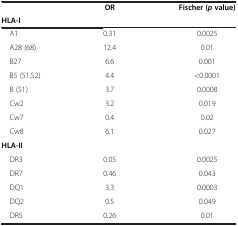
|  | OR | Fischer (pvalue) |
 | HLA-I |  |  |
 | --- | --- | --- |
 | A1 | 0.31 | 0.0025 |
 | A28 (68) | 12.4 | 0.01 |
 | B27 | 6.6 | 0.001 |
 | B5 (51,52) | 4.4 | <0.0001 |
 | B (51) | 3.7 | 0.0008 |
 | Cw2 | 3.2 | 0.019 |
 | Cw7 | 0.4 | 0.02 |
 | Cw8 | 6.1 | 0.027 |
 | HLA-II |  |  |
 | DR3 | 0.05 | 0.0025 |
 | DR7 | 0.46 | 0.043 |
 | DQ1 | 3.3 | 0.0003 |
 | DQ2 | 0.5 | 0.049 |
 | DR5 | 0.26 | 0.01 |